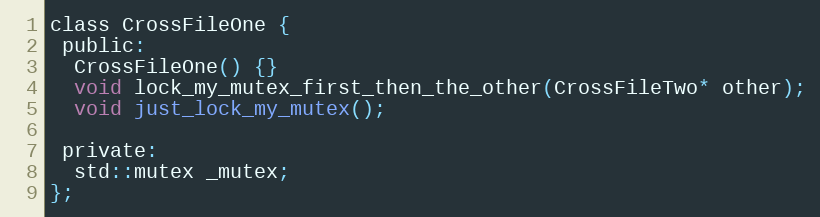
Language: C
class CrossFileOne {
 public:
  CrossFileOne() {}
  void lock_my_mutex_first_then_the_other(CrossFileTwo* other);
  void just_lock_my_mutex();

 private:
  std::mutex _mutex;
};